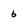
Character: 6